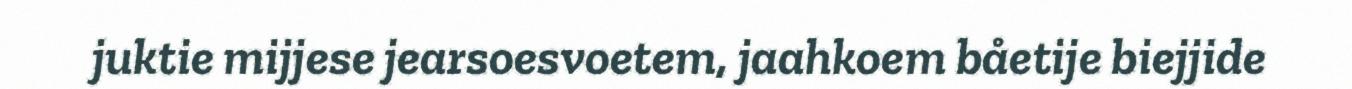
juktie mijjese jearsoesvoetem, jaahkoem båetije biejjide